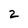
Character: 2